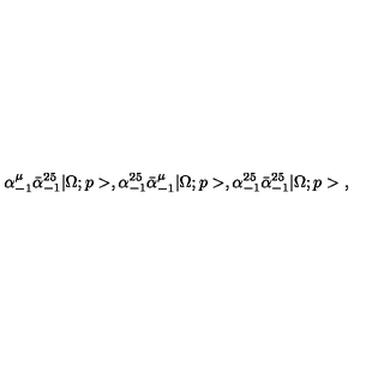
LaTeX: \alpha _ { - 1 } ^ { \mu } \bar { \alpha } _ { - 1 } ^ { 2 5 } | \Omega ; p > , \alpha _ { - 1 } ^ { 2 5 } \bar { \alpha } _ { - 1 } ^ { \mu } | \Omega ; p > , \alpha _ { - 1 } ^ { 2 5 } \bar { \alpha } _ { - 1 } ^ { 2 5 } | \Omega ; p > \ ,